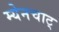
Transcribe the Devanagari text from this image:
म्येनचाट्